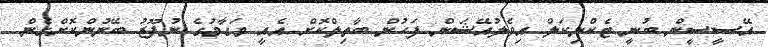
އޭސީސީން ބުނީ ޓެކްނިކަލް އިވެލުއޭޝަން ފަހުން ބާތިލްކޮށް އެއީ މަގާމުގެ ނުފޫޒު ބޭނުންކޮށްގެން